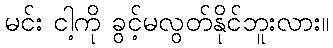
မင်း ငါ့ကို ခွင့်မလွတ်နိုင်ဘူးလား။